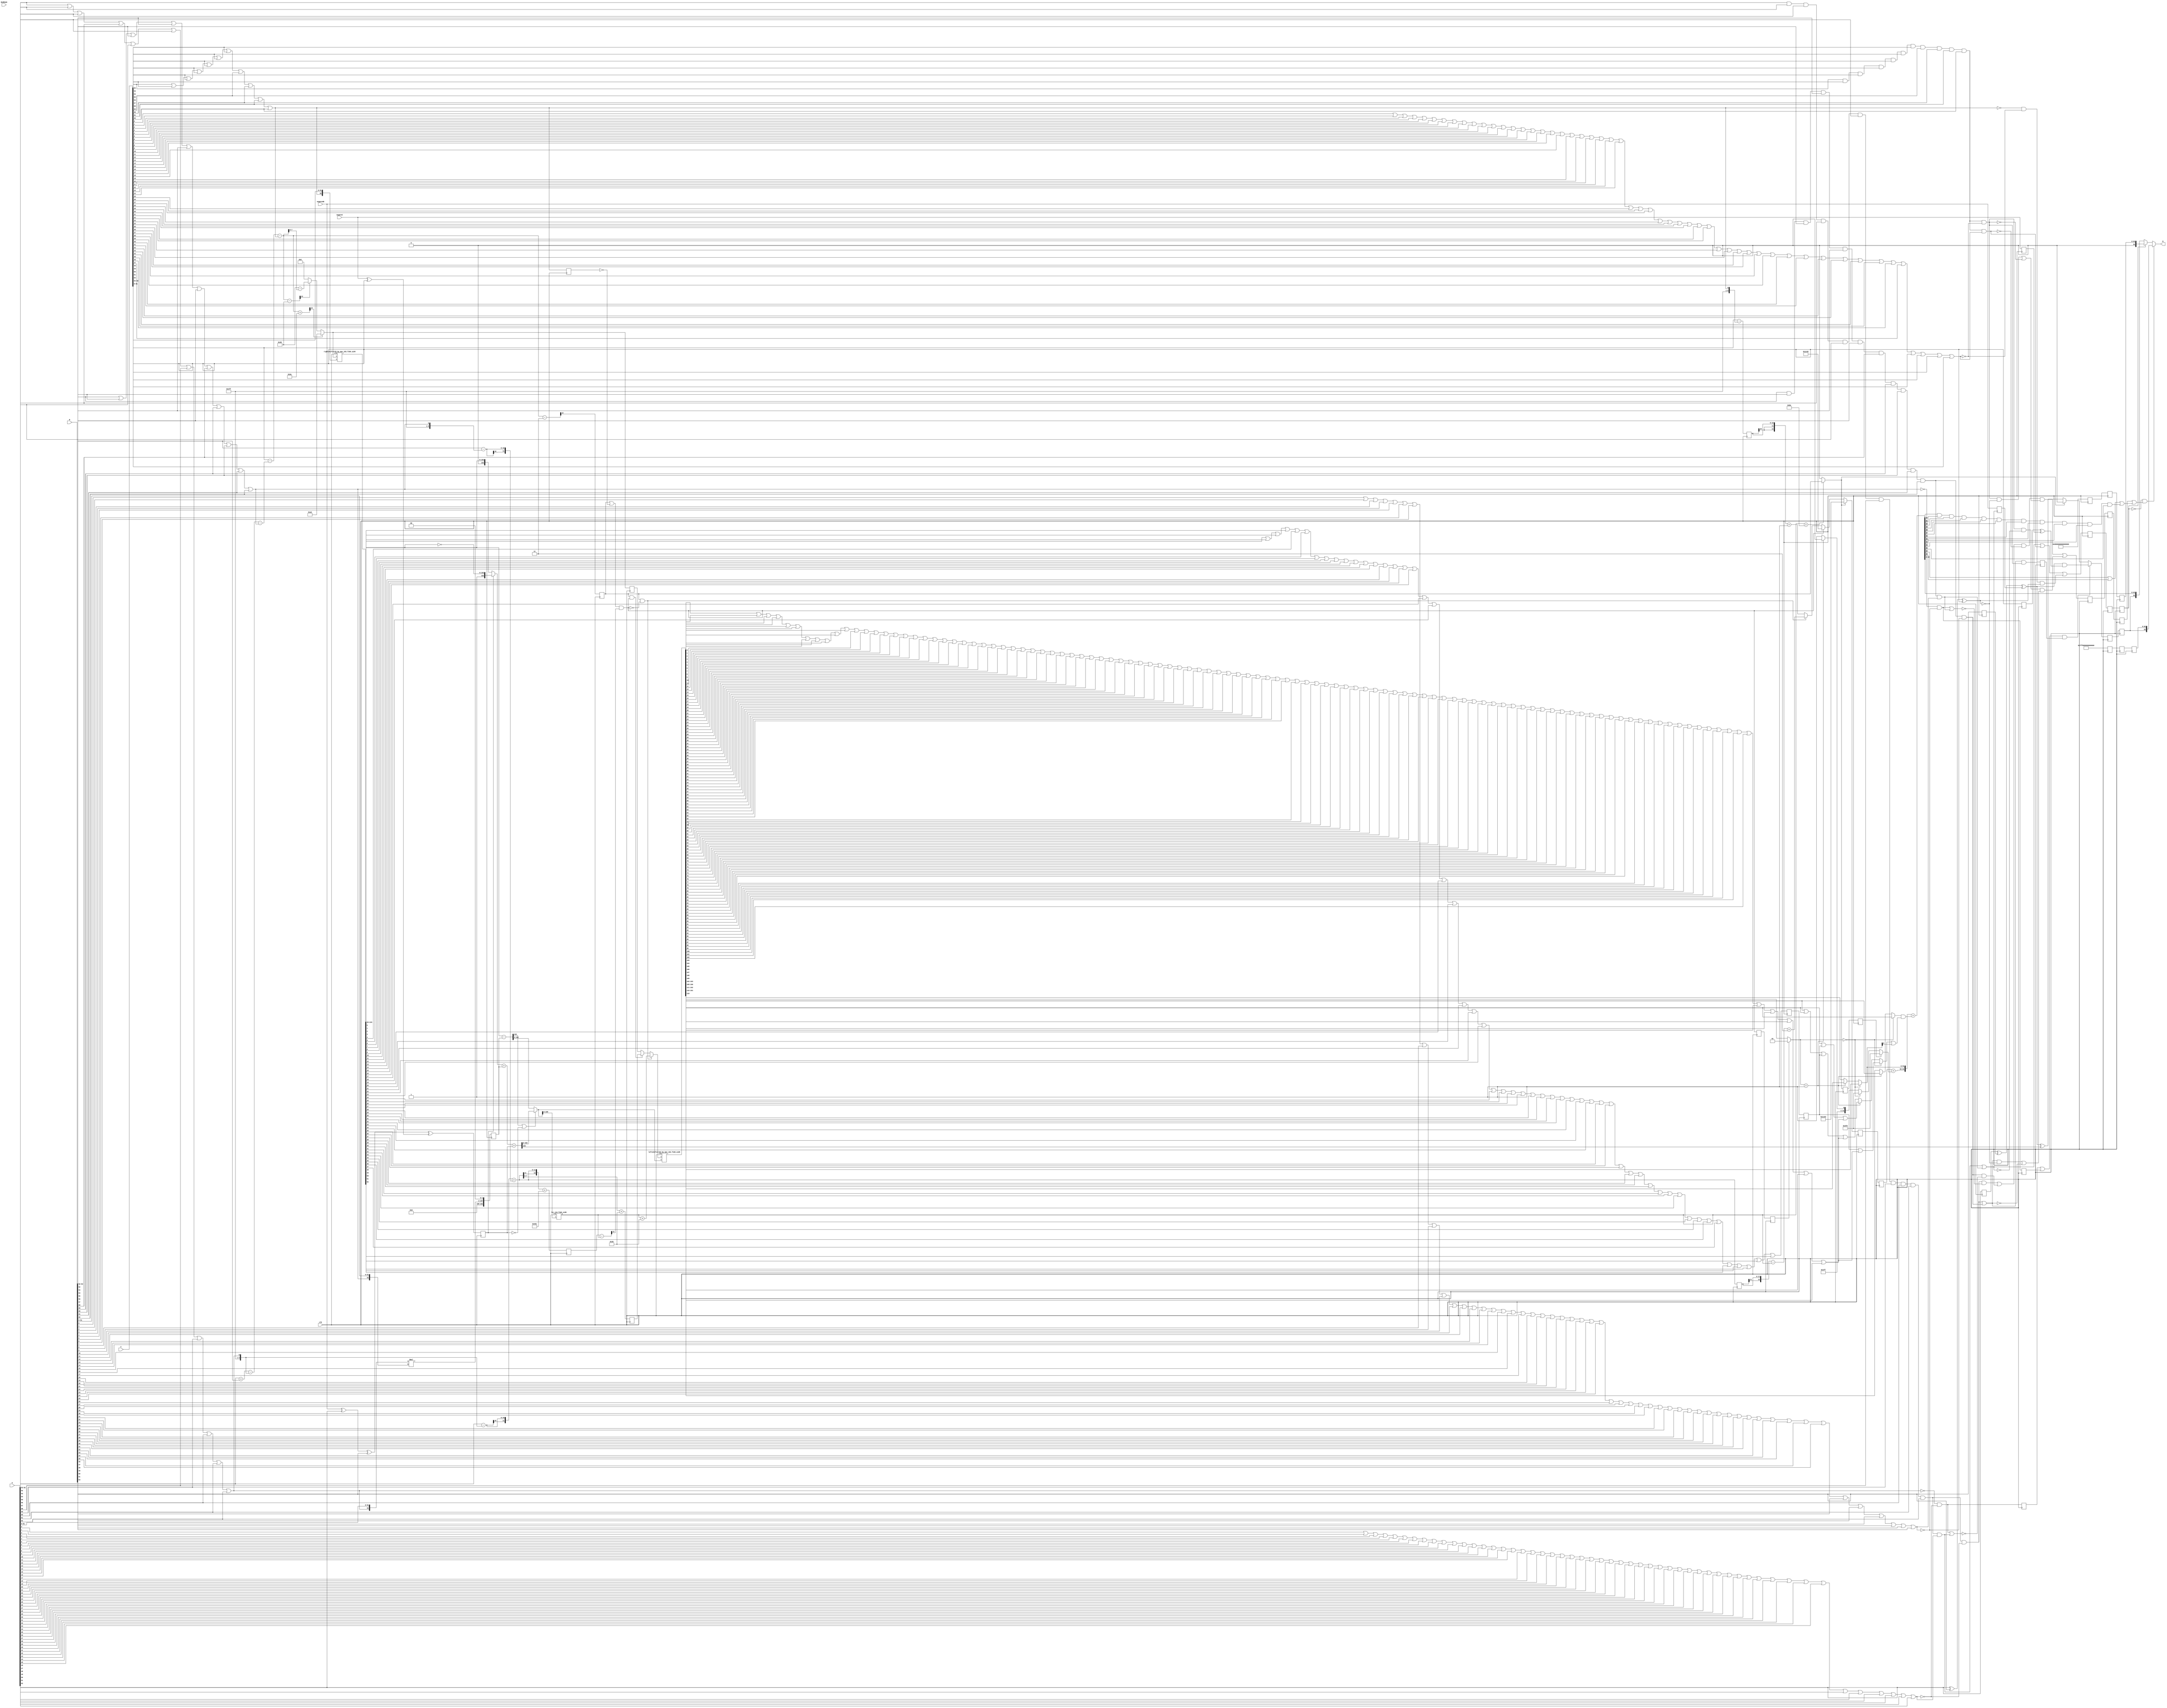
/* Generated by Yosys 0.13+37 (git sha1 675a7bd22, clang 11.0.1-2 -fPIC -Os) */

module IEEEFMA_D(clk, A, B, C, negateAB, negateC, RndMode, R);
  reg _000_;
  reg _001_;
  wire _002_;
  wire _003_;
  wire _004_;
  wire _005_;
  wire _006_;
  wire _007_;
  wire _008_;
  wire _009_;
  wire _010_;
  wire _011_;
  reg _012_;
  wire _013_;
  wire _014_;
  wire _015_;
  wire _016_;
  wire _017_;
  wire _018_;
  wire _019_;
  wire _020_;
  wire _021_;
  wire _022_;
  reg _023_;
  wire _024_;
  wire _025_;
  wire _026_;
  wire _027_;
  wire _028_;
  wire _029_;
  wire _030_;
  wire _031_;
  wire _032_;
  wire _033_;
  reg _034_;
  wire _035_;
  wire _036_;
  wire _037_;
  wire _038_;
  wire _039_;
  wire _040_;
  wire _041_;
  wire _042_;
  wire _043_;
  wire _044_;
  reg _045_;
  wire _046_;
  wire _047_;
  wire _048_;
  wire _049_;
  wire _050_;
  wire _051_;
  wire _052_;
  wire _053_;
  wire _054_;
  wire _055_;
  reg [10:0] _056_;
  wire _057_;
  wire _058_;
  wire _059_;
  wire _060_;
  wire _061_;
  wire _062_;
  wire _063_;
  wire _064_;
  wire _065_;
  wire _066_;
  reg _067_;
  wire _068_;
  wire _069_;
  wire _070_;
  wire _071_;
  wire _072_;
  wire _073_;
  wire _074_;
  wire _075_;
  wire _076_;
  wire _077_;
  reg _078_;
  wire _079_;
  wire _080_;
  wire _081_;
  wire _082_;
  wire _083_;
  wire _084_;
  wire _085_;
  wire _086_;
  wire _087_;
  wire _088_;
  reg [7:0] _089_;
  wire _090_;
  wire _091_;
  wire _092_;
  wire _093_;
  wire _094_;
  wire _095_;
  wire _096_;
  wire _097_;
  wire _098_;
  wire _099_;
  reg _100_;
  wire _101_;
  wire _102_;
  wire _103_;
  wire _104_;
  wire [10:0] _105_;
  wire [10:0] _106_;
  wire [11:0] _107_;
  wire _108_;
  wire _109_;
  wire _110_;
  reg _111_;
  reg _112_;
  wire _113_;
  wire _114_;
  wire _115_;
  wire _116_;
  wire _117_;
  wire _118_;
  wire _119_;
  wire _120_;
  wire _121_;
  wire _122_;
  reg [162:0] _123_;
  wire _124_;
  wire _125_;
  wire _126_;
  wire _127_;
  wire _128_;
  wire _129_;
  wire _130_;
  wire _131_;
  wire _132_;
  wire _133_;
  reg [12:0] _134_;
  wire _135_;
  wire _136_;
  wire _137_;
  wire _138_;
  wire _139_;
  wire _140_;
  wire _141_;
  wire _142_;
  wire _143_;
  wire _144_;
  reg _145_;
  wire _146_;
  wire _147_;
  wire _148_;
  wire _149_;
  wire _150_;
  wire _151_;
  wire _152_;
  wire _153_;
  wire _154_;
  wire _155_;
  reg _156_;
  wire _157_;
  wire _158_;
  wire _159_;
  wire _160_;
  wire _161_;
  wire _162_;
  wire _163_;
  wire _164_;
  wire _165_;
  wire _166_;
  reg _167_;
  wire _168_;
  wire _169_;
  wire _170_;
  wire _171_;
  wire _172_;
  wire _173_;
  wire _174_;
  wire _175_;
  wire _176_;
  wire _177_;
  reg _178_;
  wire _179_;
  wire _180_;
  wire _181_;
  wire _182_;
  wire _183_;
  wire _184_;
  wire _185_;
  wire _186_;
  wire _187_;
  wire _188_;
  reg _189_;
  wire _190_;
  wire _191_;
  wire _192_;
  wire _193_;
  wire _194_;
  wire _195_;
  wire _196_;
  wire _197_;
  wire _198_;
  wire _199_;
  reg _200_;
  wire _201_;
  wire _202_;
  wire _203_;
  wire _204_;
  wire _205_;
  wire _206_;
  wire _207_;
  wire _208_;
  wire _209_;
  wire _210_;
  reg [11:0] _211_;
  wire _212_;
  wire _213_;
  wire _214_;
  wire _215_;
  wire _216_;
  wire _217_;
  wire _218_;
  wire _219_;
  wire _220_;
  wire _221_;
  reg _222_;
  reg [12:0] _223_;
  wire _224_;
  wire _225_;
  wire _226_;
  wire _227_;
  wire _228_;
  wire _229_;
  wire _230_;
  wire _231_;
  wire _232_;
  wire _233_;
  reg [12:0] _234_;
  wire _235_;
  wire [10:0] _236_;
  wire _237_;
  wire _238_;
  wire _239_;
  wire _240_;
  wire [12:0] _241_;
  wire [12:0] _242_;
  wire [12:0] _243_;
  wire [12:0] _244_;
  reg [62:0] _245_;
  wire [12:0] _246_;
  wire [12:0] _247_;
  wire [12:0] _248_;
  wire [12:0] _249_;
  wire [7:0] _250_;
  wire [7:0] _251_;
  wire [7:0] _252_;
  wire [215:0] _253_;
  wire _254_;
  wire _255_;
  reg [62:0] _256_;
  wire _257_;
  wire _258_;
  wire _259_;
  wire _260_;
  wire _261_;
  wire _262_;
  wire _263_;
  wire _264_;
  wire _265_;
  wire _266_;
  reg [62:0] _267_;
  wire _268_;
  wire _269_;
  wire _270_;
  wire _271_;
  wire _272_;
  wire _273_;
  wire _274_;
  wire _275_;
  wire _276_;
  wire _277_;
  reg [62:0] _278_;
  wire _279_;
  wire _280_;
  wire _281_;
  wire _282_;
  wire _283_;
  wire _284_;
  wire _285_;
  wire _286_;
  wire _287_;
  wire _288_;
  reg [62:0] _289_;
  wire _290_;
  wire _291_;
  wire _292_;
  wire _293_;
  wire _294_;
  wire _295_;
  wire _296_;
  wire _297_;
  wire _298_;
  wire _299_;
  reg [62:0] _300_;
  wire _301_;
  wire _302_;
  wire _303_;
  wire _304_;
  wire _305_;
  wire _306_;
  wire _307_;
  wire _308_;
  wire _309_;
  wire _310_;
  reg _311_;
  wire [105:0] _312_;
  wire _313_;
  wire [163:0] _314_;
  wire [162:0] _315_;
  wire [163:0] _316_;
  wire [163:0] _317_;
  wire [163:0] _318_;
  wire _319_;
  wire _320_;
  wire _321_;
  reg _322_;
  wire _323_;
  wire _324_;
  wire [162:0] _325_;
  wire [6:0] _326_;
  wire [12:0] _327_;
  wire [12:0] _328_;
  wire _329_;
  wire _330_;
  wire _331_;
  wire _332_;
  reg _333_;
  wire _334_;
  wire _335_;
  wire _336_;
  wire _337_;
  wire _338_;
  wire _339_;
  wire _340_;
  wire _341_;
  wire _342_;
  wire _343_;
  wire [11:0] _344_;
  wire _345_;
  wire [7:0] _346_;
  wire _347_;
  wire _348_;
  wire [7:0] _349_;
  wire _350_;
  wire [7:0] _351_;
  wire [324:0] _352_;
  wire [12:0] _353_;
  wire [12:0] _354_;
  wire [12:0] _355_;
  wire _356_;
  wire [12:0] _357_;
  wire _358_;
  wire _359_;
  wire [12:0] _360_;
  wire [12:0] _361_;
  wire _362_;
  wire _363_;
  wire _364_;
  wire _365_;
  wire _366_;
  wire _367_;
  wire _368_;
  wire _369_;
  wire _370_;
  wire _371_;
  wire _372_;
  wire _373_;
  wire _374_;
  wire _375_;
  wire _376_;
  wire _377_;
  wire _378_;
  wire _379_;
  wire _380_;
  wire _381_;
  wire _382_;
  wire _383_;
  wire _384_;
  wire _385_;
  wire _386_;
  wire _387_;
  wire _388_;
  wire _389_;
  wire _390_;
  wire _391_;
  wire _392_;
  wire _393_;
  wire _394_;
  wire _395_;
  wire _396_;
  wire _397_;
  wire _398_;
  wire _399_;
  wire _400_;
  wire _401_;
  wire _402_;
  wire _403_;
  wire _404_;
  wire _405_;
  wire _406_;
  wire _407_;
  wire _408_;
  wire _409_;
  wire _410_;
  wire _411_;
  wire _412_;
  wire _413_;
  wire _414_;
  wire _415_;
  wire _416_;
  wire _417_;
  wire _418_;
  wire _419_;
  wire _420_;
  wire _421_;
  wire _422_;
  wire _423_;
  wire _424_;
  wire _425_;
  wire _426_;
  wire _427_;
  wire _428_;
  wire _429_;
  wire _430_;
  wire _431_;
  wire _432_;
  wire _433_;
  wire _434_;
  wire _435_;
  wire _436_;
  wire _437_;
  wire _438_;
  wire _439_;
  wire _440_;
  wire _441_;
  wire _442_;
  wire _443_;
  reg [11:0] _444_;
  wire _445_;
  wire _446_;
  wire _447_;
  wire _448_;
  wire _449_;
  wire _450_;
  wire _451_;
  wire _452_;
  wire _453_;
  wire _454_;
  wire _455_;
  wire _456_;
  wire _457_;
  wire _458_;
  wire _459_;
  wire _460_;
  wire _461_;
  wire _462_;
  wire _463_;
  wire _464_;
  wire _465_;
  wire _466_;
  wire _467_;
  wire _468_;
  wire _469_;
  wire _470_;
  wire _471_;
  wire _472_;
  wire _473_;
  wire _474_;
  wire _475_;
  wire _476_;
  wire _477_;
  wire _478_;
  wire _479_;
  wire _480_;
  wire [1:0] _481_;
  wire _482_;
  wire [51:0] _483_;
  wire _484_;
  wire [51:0] _485_;
  wire _486_;
  wire _487_;
  wire _488_;
  wire _489_;
  wire _490_;
  wire _491_;
  wire _492_;
  wire _493_;
  wire _494_;
  wire _495_;
  wire _496_;
  wire _497_;
  wire _498_;
  wire _499_;
  wire _500_;
  wire _501_;
  wire _502_;
  wire _503_;
  wire [12:0] _504_;
  wire _505_;
  wire [12:0] _506_;
  wire _507_;
  wire [12:0] _508_;
  wire [12:0] _509_;
  wire [64:0] _510_;
  wire _511_;
  wire _512_;
  wire _513_;
  wire _514_;
  wire _515_;
  wire _516_;
  wire _517_;
  wire _518_;
  wire _519_;
  wire _520_;
  wire _521_;
  wire _522_;
  wire _523_;
  wire _524_;
  wire _525_;
  wire _526_;
  wire _527_;
  wire [63:0] _528_;
  wire [63:0] _529_;
  wire _530_;
  wire _531_;
  reg _532_;
  wire _533_;
  wire _534_;
  wire _535_;
  wire _536_;
  wire _537_;
  wire _538_;
  wire _539_;
  wire _540_;
  wire _541_;
  wire _542_;
  reg _543_;
  wire _544_;
  wire _545_;
  wire _546_;
  wire _547_;
  wire _548_;
  wire _549_;
  wire _550_;
  wire _551_;
  wire _552_;
  wire _553_;
  reg _554_;
  wire _555_;
  wire _556_;
  wire _557_;
  wire _558_;
  wire _559_;
  wire _560_;
  wire _561_;
  wire _562_;
  wire _563_;
  wire _564_;
  reg _565_;
  wire _566_;
  wire _567_;
  wire _568_;
  wire _569_;
  wire _570_;
  wire _571_;
  wire _572_;
  wire _573_;
  wire _574_;
  wire _575_;
  input [63:0] A;
  wire [63:0] A;
  input [63:0] B;
  wire [63:0] B;
  input [63:0] C;
  wire [63:0] C;
  output [63:0] R;
  wire [63:0] R;
  input [1:0] RndMode;
  wire [1:0] RndMode;
  wire [10:0] aexp;
  wire [10:0] aexpfield;
  wire [11:0] aexpplusbexp;
  wire [11:0] aexpplusbexp_d1;
  wire ahasnonnullsig;
  wire aisinf;
  wire aisinfornan;
  wire aisnan;
  wire aisnormal;
  wire aiszero;
  wire aiszero_d1;
  wire asgn;
  wire asgn_d1;
  wire [52:0] asig;
  wire [51:0] asigfield;
  wire [10:0] bexp;
  wire [10:0] bexpfield;
  wire bhasnonnullsig;
  wire [163:0] bigsum;
  wire [163:0] bigsum2;
  wire [162:0] bigsumabs;
  wire [109:0] bigsumabslowerbits;
  wire [324:0] bigsumnormd;
  wire bisinf;
  wire bisinfornan;
  wire bisnan;
  wire bisnormal;
  wire biszero;
  wire biszero_d1;
  wire bsgn;
  wire bsgn_d1;
  wire [52:0] bsig;
  wire [51:0] bsigfield;
  wire [10:0] cexp;
  wire [10:0] cexp_d1;
  wire [10:0] cexpfield;
  wire chasnonnullsig;
  wire cisinf;
  wire cisinfornan;
  wire cisnan;
  wire cisnormal;
  wire cisnormal_d1;
  wire ciszero;
  wire ciszero_d1;
  input clk;
  wire clk;
  wire csgn;
  wire csgn_d1;
  wire [52:0] csig;
  wire [51:0] csigfield;
  wire [163:0] csiginverted;
  wire [215:0] csigshifted;
  wire [162:0] csigshiftedt;
  wire effectivesub;
  wire effectivesub_d1;
  wire [12:0] expdiff;
  wire expdiffnotlarge;
  wire [12:0] expdiffprepare;
  wire expdiffsmall;
  wire expdiffsmall_d1;
  wire expdiffverysmall;
  wire [12:0] exponentresult1;
  wire [12:0] exptentative;
  wire [12:0] exptentative_d1;
  wire [12:0] exptentative_d2;
  wire [12:0] expupdate;
  wire finalrisinf;
  wire [1:0] fracleadingbits;
  wire [1:0] fracleadingbitsnormal;
  wire [51:0] fracresultnormd;
  wire fracresultroundbit;
  wire fracresultstickybit;
  wire [55:0] fractentative;
  wire [6:0] \ieeefma_11_52_f100_uid2leadingzerocounter:862 ;
  wire [62:0] inf;
  wire [62:0] inf_d1;
  wire [62:0] inf_d2;
  wire [62:0] inf_d3;
  wire [6:0] l;
  wire [62:0] nan;
  wire [62:0] nan_d1;
  wire [62:0] nan_d2;
  wire [62:0] nan_d3;
  input negateAB;
  wire negateAB;
  input negateC;
  wire negateC;
  wire negateab_d1;
  wire negatec_d1;
  wire [324:0] \normalizationshifter:926 ;
  wire [7:0] normshiftvalue;
  wire [105:0] p;
  wire [162:0] paligned;
  wire [162:0] paligned_d1;
  wire [64:0] resultbeforeround;
  wire [64:0] resultrounded;
  wire [215:0] \rightshiftercomponent:699 ;
  wire risnan;
  wire risnan_d1;
  wire risnan_d2;
  wire risnan_d3;
  wire rissubnormal;
  wire rissubnormal_d1;
  wire rissubnormal_d2;
  wire riszero;
  wire riszero_d1;
  wire riszero_d2;
  wire round;
  wire roverflowed;
  wire rsgn;
  wire rsgn_d1;
  wire rsgn_d2;
  wire rsgntentative;
  wire [7:0] shiftvalue;
  wire [7:0] shiftvalue_d1;
  wire [11:0] shiftvaluecasesubnormal;
  wire [11:0] shiftvaluecasesubnormal_d1;
  wire sticky1;
  wire sticky1_d1;
  wire sticky1_d2;
  wire sticky2;
  wire tentativerisinf;
  wire tentativerisinf_d1;
  wire tentativerisinf_d2;
  wire tentativerisinf_d3;
  wire [12:0] tmpexpcomp1;
  wire [12:0] tmpexpcomp2;
  wire [12:0] tmpexpcomp3;
  wire [12:0] tmpexpcompres1;
  wire [12:0] tmpexpcompres1_d1;
  wire [12:0] tmpexpcompres2;
  assign _400_ = _389_ | A[59];
  assign _381_ = _380_ | bigsumnormd[18];
  assign _382_ = _381_ | bigsumnormd[19];
  assign _383_ = _382_ | bigsumnormd[20];
  assign _384_ = _383_ | bigsumnormd[21];
  assign _385_ = _384_ | bigsumnormd[22];
  assign _386_ = _385_ | bigsumnormd[23];
  assign _387_ = _386_ | bigsumnormd[24];
  assign _388_ = _387_ | bigsumnormd[25];
  assign _390_ = _388_ | bigsumnormd[26];
  assign _391_ = _390_ | bigsumnormd[27];
  assign _411_ = _400_ | A[60];
  assign _392_ = _391_ | bigsumnormd[28];
  assign _393_ = _392_ | bigsumnormd[29];
  assign _394_ = _393_ | bigsumnormd[30];
  assign _395_ = _394_ | bigsumnormd[31];
  assign _396_ = _395_ | bigsumnormd[32];
  assign _397_ = _396_ | bigsumnormd[33];
  assign _398_ = _397_ | bigsumnormd[34];
  assign _399_ = _398_ | bigsumnormd[35];
  assign _401_ = _399_ | bigsumnormd[36];
  assign _402_ = _401_ | bigsumnormd[37];
  assign _422_ = _411_ | A[61];
  assign _403_ = _402_ | bigsumnormd[38];
  assign _404_ = _403_ | bigsumnormd[39];
  assign _405_ = _404_ | bigsumnormd[40];
  assign _406_ = _405_ | bigsumnormd[41];
  assign _407_ = _406_ | bigsumnormd[42];
  assign _408_ = _407_ | bigsumnormd[43];
  assign _409_ = _408_ | bigsumnormd[44];
  assign _410_ = _409_ | bigsumnormd[45];
  assign _412_ = _410_ | bigsumnormd[46];
  assign _413_ = _412_ | bigsumnormd[47];
  assign _433_ = _422_ | A[62];
  assign _414_ = _413_ | bigsumnormd[48];
  assign _415_ = _414_ | bigsumnormd[49];
  assign _416_ = _415_ | bigsumnormd[50];
  assign _417_ = _416_ | bigsumnormd[51];
  assign _418_ = _417_ | bigsumnormd[52];
  assign _419_ = _418_ | bigsumnormd[53];
  assign _420_ = _419_ | bigsumnormd[54];
  assign _421_ = _420_ | bigsumnormd[55];
  assign _423_ = _421_ | bigsumnormd[56];
  assign _424_ = _423_ | bigsumnormd[57];
  assign _425_ = _424_ | bigsumnormd[58];
  assign _426_ = _425_ | bigsumnormd[59];
  assign _427_ = _426_ | bigsumnormd[60];
  assign _428_ = _427_ | bigsumnormd[61];
  assign _429_ = _428_ | bigsumnormd[62];
  assign _445_ = A[52] & A[53];
  assign _430_ = _429_ | bigsumnormd[63];
  assign _431_ = _430_ | bigsumnormd[64];
  assign _432_ = _431_ | bigsumnormd[65];
  assign _434_ = _432_ | bigsumnormd[66];
  assign _435_ = _434_ | bigsumnormd[67];
  assign _436_ = _435_ | bigsumnormd[68];
  assign _437_ = _436_ | bigsumnormd[69];
  assign _438_ = _437_ | bigsumnormd[70];
  assign _439_ = _438_ | bigsumnormd[71];
  assign _440_ = _439_ | bigsumnormd[72];
  assign _456_ = _445_ & A[54];
  assign _441_ = _440_ | bigsumnormd[73];
  assign _442_ = _441_ | bigsumnormd[74];
  assign _443_ = _442_ | bigsumnormd[75];
  assign _446_ = _443_ | bigsumnormd[76];
  assign _447_ = _446_ | bigsumnormd[77];
  assign _448_ = _447_ | bigsumnormd[78];
  assign _449_ = _448_ | bigsumnormd[79];
  assign _450_ = _449_ | bigsumnormd[80];
  assign _451_ = _450_ | bigsumnormd[81];
  assign _452_ = _451_ | bigsumnormd[82];
  assign _467_ = _456_ & A[55];
  assign _453_ = _452_ | bigsumnormd[83];
  assign _454_ = _453_ | bigsumnormd[84];
  assign _455_ = _454_ | bigsumnormd[85];
  assign _457_ = _455_ | bigsumnormd[86];
  assign _458_ = _457_ | bigsumnormd[87];
  assign _459_ = _458_ | bigsumnormd[88];
  assign _460_ = _459_ | bigsumnormd[89];
  assign _461_ = _460_ | bigsumnormd[90];
  assign _462_ = _461_ | bigsumnormd[91];
  assign _463_ = _462_ | bigsumnormd[92];
  assign _478_ = _467_ & A[56];
  assign _464_ = _463_ | bigsumnormd[93];
  assign _465_ = _464_ | bigsumnormd[94];
  assign _466_ = _465_ | bigsumnormd[95];
  assign _468_ = _466_ | bigsumnormd[96];
  assign _469_ = _468_ | bigsumnormd[97];
  assign _470_ = _469_ | bigsumnormd[98];
  assign _471_ = _470_ | bigsumnormd[99];
  assign _472_ = _471_ | bigsumnormd[100];
  assign _473_ = _472_ | bigsumnormd[101];
  assign _474_ = _473_ | bigsumnormd[102];
  assign _489_ = _478_ & A[57];
  assign _475_ = _474_ | bigsumnormd[103];
  assign _476_ = _475_ | bigsumnormd[104];
  assign _477_ = _476_ | bigsumnormd[105];
  assign _479_ = _477_ | bigsumnormd[106];
  assign _480_ = _479_ | bigsumnormd[107];
  assign _481_ = rissubnormal_d2 ? 2'h1 : fracleadingbitsnormal;
  assign _500_ = _489_ & A[58];
  assign _482_ = fracleadingbits == 2'h0;
  assign _483_ = _482_ ? fractentative[52:1] : _485_;
  assign _484_ = fracleadingbits == 2'h1;
  assign _485_ = _484_ ? fractentative[53:2] : fractentative[54:3];
  assign _486_ = fracleadingbits == 2'h0;
  assign _511_ = _500_ & A[59];
  assign _487_ = _486_ ? fractentative[0] : _490_;
  assign _488_ = fracleadingbits == 2'h1;
  assign _490_ = _488_ ? fractentative[1] : fractentative[2];
  assign _491_ = sticky1_d2 | sticky2;
  assign _492_ = fracleadingbits == 2'h0;
  assign _493_ = _492_ ? _491_ : _497_;
  assign _522_ = _511_ & A[60];
  assign _494_ = fractentative[0] | sticky1_d2;
  assign _495_ = _494_ | sticky2;
  assign _496_ = fracleadingbits == 2'h1;
  assign _497_ = _496_ ? _495_ : _501_;
  assign _498_ = fractentative[1] | fractentative[0];
  assign _499_ = _498_ | sticky1_d2;
  assign _501_ = _499_ | sticky2;
  assign _502_ = fracresultstickybit | fracresultnormd[0];
  assign _503_ = fracresultroundbit & _502_;
  assign _530_ = _522_ & A[61];
  assign _504_ = riszero_d2 ? 13'h03fd : _506_;
  assign _505_ = fracleadingbits == 2'h0;
  assign _506_ = _505_ ? 13'h03fd : _508_;
  assign _507_ = fracleadingbits == 2'h1;
  assign _508_ = _507_ ? 13'h03fe : 13'h03ff;
  assign _531_ = _530_ & A[62];
  assign _509_ = exptentative_d2 + expupdate;
  assign _510_ = resultbeforeround + { 64'h0000000000000000, round };
  assign _512_ = resultrounded[64] | resultrounded[63];
  assign _513_ = resultrounded[62] & resultrounded[61];
  assign _514_ = _513_ & resultrounded[60];
  assign _515_ = _514_ & resultrounded[59];
  assign _516_ = _515_ & resultrounded[58];
  assign _517_ = _516_ & resultrounded[57];
  assign _533_ = A[0] | A[1];
  assign _518_ = _517_ & resultrounded[56];
  assign _519_ = _518_ & resultrounded[55];
  assign _520_ = _519_ & resultrounded[54];
  assign _521_ = _520_ & resultrounded[53];
  assign _523_ = _521_ & resultrounded[52];
  assign _524_ = _512_ | _523_;
  assign _525_ = tentativerisinf_d3 | roverflowed;
  assign _526_ = ~ risnan_d3;
  assign _527_ = _526_ & finalrisinf;
  assign _528_ = _527_ ? { rsgn_d2, inf_d3 } : _529_;
  assign _529_ = risnan_d3 ? { 1'h0, nan_d3 } : { rsgn_d2, resultrounded[62:0] };
  assign _534_ = _533_ | A[2];
  assign _535_ = _534_ | A[3];
  assign _536_ = _535_ | A[4];
  assign _537_ = _536_ | A[5];
  assign _538_ = _537_ | A[6];
  assign _539_ = _538_ | A[7];
  assign _540_ = _539_ | A[8];
  assign _541_ = _540_ | A[9];
  assign _542_ = _541_ | A[10];
  assign _544_ = _542_ | A[11];
  assign _545_ = _544_ | A[12];
  assign _546_ = _545_ | A[13];
  assign _547_ = _546_ | A[14];
  assign _548_ = _547_ | A[15];
  assign _549_ = _548_ | A[16];
  assign _550_ = _549_ | A[17];
  assign _551_ = _550_ | A[18];
  assign _552_ = _551_ | A[19];
  assign _553_ = _552_ | A[20];
  assign _555_ = _553_ | A[21];
  assign _556_ = _555_ | A[22];
  assign _557_ = _556_ | A[23];
  assign _558_ = _557_ | A[24];
  assign _559_ = _558_ | A[25];
  assign _560_ = _559_ | A[26];
  assign _561_ = _560_ | A[27];
  assign _562_ = _561_ | A[28];
  assign _563_ = _562_ | A[29];
  assign _564_ = _563_ | A[30];
  assign _566_ = _564_ | A[31];
  assign _567_ = _566_ | A[32];
  assign _568_ = _567_ | A[33];
  assign _569_ = _568_ | A[34];
  assign _570_ = _569_ | A[35];
  assign _571_ = _570_ | A[36];
  assign _572_ = _571_ | A[37];
  assign _573_ = _572_ | A[38];
  assign _574_ = _573_ | A[39];
  assign _575_ = _574_ | A[40];
  assign _002_ = _575_ | A[41];
  assign _003_ = _002_ | A[42];
  assign _004_ = _003_ | A[43];
  assign _005_ = _004_ | A[44];
  assign _006_ = _005_ | A[45];
  assign _007_ = _006_ | A[46];
  assign _008_ = _007_ | A[47];
  assign _009_ = _008_ | A[48];
  assign _010_ = _009_ | A[49];
  assign _011_ = _010_ | A[50];
  assign _013_ = _011_ | A[51];
  assign _014_ = ~ aisnormal;
  assign _015_ = ~ ahasnonnullsig;
  assign _016_ = _014_ & _015_;
  assign _017_ = ~ ahasnonnullsig;
  assign _018_ = aisinfornan & _017_;
  assign _019_ = aisinfornan & ahasnonnullsig;
  assign _020_ = B[52] | B[53];
  assign _021_ = _020_ | B[54];
  assign _022_ = _021_ | B[55];
  assign _024_ = _022_ | B[56];
  assign _025_ = _024_ | B[57];
  assign _026_ = _025_ | B[58];
  assign _027_ = _026_ | B[59];
  assign _028_ = _027_ | B[60];
  assign _029_ = _028_ | B[61];
  assign _030_ = _029_ | B[62];
  assign _031_ = B[52] & B[53];
  assign _032_ = _031_ & B[54];
  assign _033_ = _032_ & B[55];
  assign _035_ = _033_ & B[56];
  assign _036_ = _035_ & B[57];
  assign _037_ = _036_ & B[58];
  assign _038_ = _037_ & B[59];
  assign _039_ = _038_ & B[60];
  assign _040_ = _039_ & B[61];
  assign _041_ = _040_ & B[62];
  assign _042_ = B[0] | B[1];
  assign _043_ = _042_ | B[2];
  assign _044_ = _043_ | B[3];
  assign _046_ = _044_ | B[4];
  assign _047_ = _046_ | B[5];
  assign _048_ = _047_ | B[6];
  assign _049_ = _048_ | B[7];
  assign _050_ = _049_ | B[8];
  assign _051_ = _050_ | B[9];
  assign _052_ = _051_ | B[10];
  assign _053_ = _052_ | B[11];
  assign _054_ = _053_ | B[12];
  assign _055_ = _054_ | B[13];
  assign _057_ = _055_ | B[14];
  assign _058_ = _057_ | B[15];
  assign _059_ = _058_ | B[16];
  assign _060_ = _059_ | B[17];
  assign _061_ = _060_ | B[18];
  assign _062_ = _061_ | B[19];
  assign _063_ = _062_ | B[20];
  assign _064_ = _063_ | B[21];
  assign _065_ = _064_ | B[22];
  assign _066_ = _065_ | B[23];
  assign _068_ = _066_ | B[24];
  assign _069_ = _068_ | B[25];
  assign _070_ = _069_ | B[26];
  assign _071_ = _070_ | B[27];
  assign _072_ = _071_ | B[28];
  assign _073_ = _072_ | B[29];
  assign _074_ = _073_ | B[30];
  assign _075_ = _074_ | B[31];
  assign _076_ = _075_ | B[32];
  assign _077_ = _076_ | B[33];
  assign _079_ = _077_ | B[34];
  assign _080_ = _079_ | B[35];
  assign _081_ = _080_ | B[36];
  assign _082_ = _081_ | B[37];
  assign _083_ = _082_ | B[38];
  assign _084_ = _083_ | B[39];
  assign _085_ = _084_ | B[40];
  assign _086_ = _085_ | B[41];
  assign _087_ = _086_ | B[42];
  assign _088_ = _087_ | B[43];
  assign _090_ = _088_ | B[44];
  assign _091_ = _090_ | B[45];
  assign _092_ = _091_ | B[46];
  assign _093_ = _092_ | B[47];
  assign _094_ = _093_ | B[48];
  assign _095_ = _094_ | B[49];
  assign _096_ = _095_ | B[50];
  assign _097_ = _096_ | B[51];
  assign _098_ = ~ bisnormal;
  assign _099_ = ~ bhasnonnullsig;
  assign _101_ = _098_ & _099_;
  assign _102_ = ~ bhasnonnullsig;
  assign _103_ = bisinfornan & _102_;
  assign _104_ = bisinfornan & bhasnonnullsig;
  assign _105_ = aexpfield - { 10'h1ff, aisnormal };
  assign _106_ = bexpfield - { 10'h1ff, bisnormal };
  assign _107_ = { aexp[10], aexp } + { bexp[10], bexp };
  assign _108_ = C[52] | C[53];
  assign _109_ = _108_ | C[54];
  assign _110_ = _109_ | C[55];
  assign _113_ = _110_ | C[56];
  assign _114_ = _113_ | C[57];
  assign _115_ = _114_ | C[58];
  assign _116_ = _115_ | C[59];
  assign _117_ = _116_ | C[60];
  always @(posedge clk)
    _000_ <= asgn;
  assign _118_ = _117_ | C[61];
  assign _119_ = _118_ | C[62];
  assign _120_ = C[52] & C[53];
  assign _121_ = _120_ & C[54];
  assign _122_ = _121_ & C[55];
  always @(posedge clk)
    _111_ <= aiszero;
  assign _124_ = _122_ & C[56];
  assign _125_ = _124_ & C[57];
  assign _126_ = _125_ & C[58];
  assign _127_ = _126_ & C[59];
  assign _128_ = _127_ & C[60];
  always @(posedge clk)
    _222_ <= bsgn;
  assign _129_ = _128_ & C[61];
  assign _130_ = _129_ & C[62];
  assign _131_ = C[0] | C[1];
  assign _132_ = _131_ | C[2];
  always @(posedge clk)
    _333_ <= biszero;
  assign _133_ = _132_ | C[3];
  assign _135_ = _133_ | C[4];
  assign _136_ = _135_ | C[5];
  assign _137_ = _136_ | C[6];
  assign _138_ = _137_ | C[7];
  always @(posedge clk)
    _444_ <= aexpplusbexp;
  assign _139_ = _138_ | C[8];
  assign _140_ = _139_ | C[9];
  assign _141_ = _140_ | C[10];
  assign _142_ = _141_ | C[11];
  assign _143_ = _142_ | C[12];
  always @(posedge clk)
    _532_ <= csgn;
  assign _144_ = _143_ | C[13];
  assign _146_ = _144_ | C[14];
  assign _147_ = _146_ | C[15];
  assign _148_ = _147_ | C[16];
  assign _149_ = _148_ | C[17];
  always @(posedge clk)
    _543_ <= cisnormal;
  assign _150_ = _149_ | C[18];
  assign _151_ = _150_ | C[19];
  assign _152_ = _151_ | C[20];
  assign _153_ = _152_ | C[21];
  assign _154_ = _153_ | C[22];
  always @(posedge clk)
    _554_ <= ciszero;
  assign _155_ = _154_ | C[23];
  assign _157_ = _155_ | C[24];
  assign _158_ = _157_ | C[25];
  assign _159_ = _158_ | C[26];
  assign _160_ = _159_ | C[27];
  always @(posedge clk)
    _565_ <= risnan;
  assign _161_ = _160_ | C[28];
  assign _162_ = _161_ | C[29];
  assign _163_ = _162_ | C[30];
  assign _164_ = _163_ | C[31];
  assign _165_ = _164_ | C[32];
  always @(posedge clk)
    _001_ <= risnan_d1;
  assign _166_ = _165_ | C[33];
  assign _168_ = _166_ | C[34];
  assign _169_ = _168_ | C[35];
  assign _170_ = _169_ | C[36];
  assign _171_ = _170_ | C[37];
  always @(posedge clk)
    _012_ <= risnan_d2;
  assign _172_ = _171_ | C[38];
  assign _173_ = _172_ | C[39];
  assign _174_ = _173_ | C[40];
  assign _175_ = _174_ | C[41];
  assign _176_ = _175_ | C[42];
  always @(posedge clk)
    _023_ <= tentativerisinf;
  assign _177_ = _176_ | C[43];
  assign _179_ = _177_ | C[44];
  assign _180_ = _179_ | C[45];
  assign _181_ = _180_ | C[46];
  assign _182_ = _181_ | C[47];
  always @(posedge clk)
    _034_ <= tentativerisinf_d1;
  assign _183_ = _182_ | C[48];
  assign _184_ = _183_ | C[49];
  assign _185_ = _184_ | C[50];
  assign _186_ = _185_ | C[51];
  assign _187_ = ~ cisnormal;
  assign _188_ = ~ chasnonnullsig;
  assign _190_ = _187_ & _188_;
  always @(posedge clk)
    _045_ <= tentativerisinf_d2;
  assign _191_ = ~ chasnonnullsig;
  assign _192_ = cisinfornan & _191_;
  assign _193_ = cisinfornan & chasnonnullsig;
  assign _194_ = aisnan | bisnan;
  assign _195_ = _194_ | cisnan;
  assign _196_ = aisinf | bisinf;
  assign _197_ = _196_ & cisinf;
  assign _198_ = asgn ^ bsgn;
  assign _199_ = _198_ ^ csgn;
  assign _201_ = _197_ & _199_;
  always @(posedge clk)
    _056_ <= cexp;
  assign _202_ = _195_ | _201_;
  assign _203_ = biszero | bisnan;
  assign _204_ = ~ _203_;
  assign _205_ = aisinf & _204_;
  assign _206_ = aiszero | aisnan;
  assign _207_ = ~ _206_;
  assign _208_ = bisinf & _207_;
  assign _209_ = _205_ | _208_;
  assign _210_ = ~ cisnan;
  assign _212_ = _209_ & _210_;
  always @(posedge clk)
    _067_ <= effectivesub;
  assign _213_ = asgn ^ bsgn;
  assign _214_ = _213_ ^ csgn;
  assign _215_ = ~ _214_;
  assign _216_ = cisinf & _215_;
  assign _217_ = ~ cisinf;
  assign _218_ = _216_ | _217_;
  assign _219_ = _212_ & _218_;
  assign _220_ = aisnan | bisnan;
  assign _221_ = ~ _220_;
  assign _224_ = cisinf & _221_;
  always @(posedge clk)
    _078_ <= expdiffsmall;
  assign _225_ = aisinf | bisinf;
  assign _226_ = asgn ^ bsgn;
  assign _227_ = _226_ ^ csgn;
  assign _228_ = ~ _227_;
  assign _229_ = _225_ & _228_;
  assign _230_ = aisinf | bisinf;
  assign _231_ = ~ _230_;
  assign _232_ = _229_ | _231_;
  assign _233_ = _224_ & _232_;
  assign _235_ = _219_ | _233_;
  always @(posedge clk)
    _089_ <= shiftvalue;
  assign _236_ = cexpfield - { 10'h1ff, cisnormal };
  assign _237_ = negateAB ^ asgn;
  assign _238_ = _237_ ^ bsgn;
  always @(posedge clk)
    _100_ <= sticky1;
  assign _239_ = negateC ^ csgn;
  assign _240_ = _238_ ^ _239_;
  always @(posedge clk)
    _112_ <= sticky1_d1;
  assign _241_ = { 2'h0, aexpfield } + { 2'h0, bexpfield };
  always @(posedge clk)
    _123_ <= paligned;
  assign _242_ = _241_ - { 12'h1ff, aisnormal };
  assign _243_ = _242_ - { 12'h000, bisnormal };
  always @(posedge clk)
    _134_ <= tmpexpcompres1;
  assign _244_ = { 2'h0, cexpfield } - expdiffprepare;
  always @(posedge clk)
    _145_ <= rissubnormal;
  assign _246_ = _244_ - { 12'h000, cisnormal };
  assign _247_ = expdiff + 13'h006a;
  always @(posedge clk)
    _156_ <= rissubnormal_d1;
  assign _248_ = expdiff - 13'h0003;
  always @(posedge clk)
    _167_ <= riszero;
  assign _249_ = expdiff - 13'h0038;
  assign _250_ = expdiffverysmall ? 8'ha3 : _252_;
  always @(posedge clk)
    _178_ <= riszero_d1;
  assign _251_ = 8'h38 - expdiff[7:0];
  assign _252_ = expdiffnotlarge ? _251_ : 8'h00;
  always @(posedge clk)
    _189_ <= rsgn;
  assign _254_ = csigshifted[0] | csigshifted[1];
  assign _255_ = _254_ | csigshifted[2];
  assign _257_ = _255_ | csigshifted[3];
  always @(posedge clk)
    _200_ <= rsgn_d1;
  assign _258_ = _257_ | csigshifted[4];
  assign _259_ = _258_ | csigshifted[5];
  assign _260_ = _259_ | csigshifted[6];
  assign _261_ = _260_ | csigshifted[7];
  assign _262_ = _261_ | csigshifted[8];
  always @(posedge clk)
    _211_ <= shiftvaluecasesubnormal;
  assign _263_ = _262_ | csigshifted[9];
  assign _264_ = _263_ | csigshifted[10];
  assign _265_ = _264_ | csigshifted[11];
  assign _266_ = _265_ | csigshifted[12];
  assign _268_ = _266_ | csigshifted[13];
  always @(posedge clk)
    _223_ <= exptentative;
  assign _269_ = _268_ | csigshifted[14];
  assign _270_ = _269_ | csigshifted[15];
  assign _271_ = _270_ | csigshifted[16];
  assign _272_ = _271_ | csigshifted[17];
  assign _273_ = _272_ | csigshifted[18];
  always @(posedge clk)
    _234_ <= exptentative_d1;
  assign _274_ = _273_ | csigshifted[19];
  assign _275_ = _274_ | csigshifted[20];
  assign _276_ = _275_ | csigshifted[21];
  assign _277_ = _276_ | csigshifted[22];
  assign _279_ = _277_ | csigshifted[23];
  always @(posedge clk)
    _245_ <= inf;
  assign _280_ = _279_ | csigshifted[24];
  assign _281_ = _280_ | csigshifted[25];
  assign _282_ = _281_ | csigshifted[26];
  assign _283_ = _282_ | csigshifted[27];
  assign _284_ = _283_ | csigshifted[28];
  always @(posedge clk)
    _256_ <= inf_d1;
  assign _285_ = _284_ | csigshifted[29];
  assign _286_ = _285_ | csigshifted[30];
  assign _287_ = _286_ | csigshifted[31];
  assign _288_ = _287_ | csigshifted[32];
  assign _290_ = _288_ | csigshifted[33];
  always @(posedge clk)
    _267_ <= inf_d2;
  assign _291_ = _290_ | csigshifted[34];
  assign _292_ = _291_ | csigshifted[35];
  assign _293_ = _292_ | csigshifted[36];
  assign _294_ = _293_ | csigshifted[37];
  assign _295_ = _294_ | csigshifted[38];
  always @(posedge clk)
    _278_ <= nan;
  assign _296_ = _295_ | csigshifted[39];
  assign _297_ = _296_ | csigshifted[40];
  assign _298_ = _297_ | csigshifted[41];
  assign _299_ = _298_ | csigshifted[42];
  assign _301_ = _299_ | csigshifted[43];
  always @(posedge clk)
    _289_ <= nan_d1;
  assign _302_ = _301_ | csigshifted[44];
  assign _303_ = _302_ | csigshifted[45];
  assign _304_ = _303_ | csigshifted[46];
  assign _305_ = _304_ | csigshifted[47];
  assign _306_ = _305_ | csigshifted[48];
  always @(posedge clk)
    _300_ <= nan_d2;
  assign _307_ = _306_ | csigshifted[49];
  assign _308_ = _307_ | csigshifted[50];
  assign _309_ = _308_ | csigshifted[51];
  assign _310_ = _309_ | csigshifted[52];
  always @(posedge clk)
    _311_ <= negateAB;
  assign _312_ = $signed({ 53'h00000000000000, asig }) * $signed({ 53'h00000000000000, bsig });
  always @(posedge clk)
    _322_ <= negateC;
  assign _313_ = ~ effectivesub_d1;
  assign _314_ = _313_ ? { 1'h0, csigshiftedt } : { 1'h1, _315_ };
  assign _315_ = ~ csigshiftedt;
  assign _316_ = csiginverted + { 1'h0, paligned_d1 };
  assign _317_ = _316_ + { 163'h00000000000000000000000000000000000000000, effectivesub_d1 };
  assign _318_ = { 1'h0, csigshiftedt } - { 1'h0, paligned_d1 };
  assign _319_ = asgn_d1 ^ bsgn_d1;
  assign _320_ = _319_ ^ negateab_d1;
  assign _321_ = _320_ ^ bigsum[163];
  assign _323_ = ~ effectivesub_d1;
  assign _324_ = bigsum2[163] | _323_;
  assign _325_ = _324_ ? bigsum[162:0] : bigsum2[162:0];
  assign _327_ = { aexpplusbexp[11], aexpplusbexp } + 13'h0401;
  assign _334_ = A[52] | A[53];
  assign _328_ = tmpexpcompres1_d1 - { 6'h00, l };
  assign _329_ = ~ cisnormal_d1;
  assign _330_ = expdiffsmall_d1 | _329_;
  assign _331_ = _330_ & tmpexpcompres2[12];
  assign _332_ = l == 7'h6e;
  assign _335_ = _332_ ? expdiffsmall_d1 : 1'h0;
  assign _336_ = asgn_d1 ^ bsgn_d1;
  assign _337_ = _336_ ^ negateab_d1;
  assign _338_ = csgn_d1 ^ negatec_d1;
  assign _339_ = _337_ & _338_;
  assign _345_ = _334_ | A[54];
  assign _340_ = aiszero_d1 | biszero_d1;
  assign _341_ = _340_ & ciszero_d1;
  assign _342_ = _341_ ? _339_ : _343_;
  assign _343_ = riszero ? 1'h0 : rsgntentative;
  assign _344_ = aexpplusbexp + 12'h436;
  assign _346_ = { 1'h0, l } + 8'h36;
  assign _356_ = _345_ | A[55];
  assign _347_ = ~ rissubnormal;
  assign _348_ = expdiffsmall_d1 & _347_;
  assign _349_ = _348_ ? _346_ : _351_;
  assign _350_ = expdiffsmall_d1 & rissubnormal;
  assign _351_ = _350_ ? shiftvaluecasesubnormal_d1[7:0] : shiftvalue_d1;
  assign _353_ = riszero ? 13'h1c03 : _354_;
  assign _354_ = rissubnormal ? 13'h1c02 : _360_;
  assign _367_ = _356_ | A[56];
  assign _355_ = { aexpplusbexp_d1[11], aexpplusbexp_d1 } - { 6'h00, l };
  assign _357_ = _355_ + 13'h0003;
  assign _358_ = ~ rissubnormal;
  assign _359_ = expdiffsmall_d1 & _358_;
  assign _360_ = _359_ ? _357_ : _361_;
  assign _378_ = _367_ | A[57];
  assign _361_ = { cexp_d1[10], cexp_d1[10], cexp_d1 } + 13'h0001;
  assign _362_ = bigsumnormd[0] | bigsumnormd[1];
  assign _363_ = _362_ | bigsumnormd[2];
  assign _364_ = _363_ | bigsumnormd[3];
  assign _365_ = _364_ | bigsumnormd[4];
  assign _366_ = _365_ | bigsumnormd[5];
  assign _368_ = _366_ | bigsumnormd[6];
  assign _369_ = _368_ | bigsumnormd[7];
  assign _389_ = _378_ | A[58];
  assign _370_ = _369_ | bigsumnormd[8];
  assign _371_ = _370_ | bigsumnormd[9];
  assign _372_ = _371_ | bigsumnormd[10];
  assign _373_ = _372_ | bigsumnormd[11];
  assign _374_ = _373_ | bigsumnormd[12];
  assign _375_ = _374_ | bigsumnormd[13];
  assign _376_ = _375_ | bigsumnormd[14];
  assign _377_ = _376_ | bigsumnormd[15];
  assign _379_ = _377_ | bigsumnormd[16];
  assign _380_ = _379_ | bigsumnormd[17];
  lzc_110_f100_uid6 ieeefma_11_52_f100_uid2leadingzerocounter (
    .clk(clk),
    .i(bigsumabslowerbits),
    .o(_326_)
  );
  leftshifter163_by_max_162_f100_uid8 normalizationshifter (
    .clk(clk),
    .r(_352_),
    .s(normshiftvalue),
    .x(bigsumabs)
  );
  rightshifter53_by_max_163_f100_uid4 rightshiftercomponent (
    .clk(clk),
    .r(_253_),
    .s(shiftvalue),
    .x(csig)
  );
  assign asgn = A[63];
  assign asgn_d1 = _000_;
  assign aexpfield = A[62:52];
  assign asigfield = A[51:0];
  assign aisnormal = _433_;
  assign aisinfornan = _531_;
  assign ahasnonnullsig = _013_;
  assign aiszero = _016_;
  assign aiszero_d1 = _111_;
  assign aisinf = _018_;
  assign aisnan = _019_;
  assign bsgn = B[63];
  assign bsgn_d1 = _222_;
  assign bexpfield = B[62:52];
  assign bsigfield = B[51:0];
  assign bisnormal = _030_;
  assign bisinfornan = _041_;
  assign bhasnonnullsig = _097_;
  assign biszero = _101_;
  assign biszero_d1 = _333_;
  assign bisinf = _103_;
  assign bisnan = _104_;
  assign aexp = _105_;
  assign bexp = _106_;
  assign asig = { aisnormal, asigfield };
  assign bsig = { bisnormal, bsigfield };
  assign aexpplusbexp = _107_;
  assign aexpplusbexp_d1 = _444_;
  assign csgn = C[63];
  assign csgn_d1 = _532_;
  assign cexpfield = C[62:52];
  assign csigfield = C[51:0];
  assign cisnormal = _119_;
  assign cisnormal_d1 = _543_;
  assign cisinfornan = _130_;
  assign chasnonnullsig = _186_;
  assign ciszero = _190_;
  assign ciszero_d1 = _554_;
  assign cisinf = _192_;
  assign cisnan = _193_;
  assign risnan = _202_;
  assign risnan_d1 = _565_;
  assign risnan_d2 = _001_;
  assign risnan_d3 = _012_;
  assign tentativerisinf = _235_;
  assign tentativerisinf_d1 = _023_;
  assign tentativerisinf_d2 = _034_;
  assign tentativerisinf_d3 = _045_;
  assign cexp = _236_;
  assign cexp_d1 = _056_;
  assign effectivesub = _240_;
  assign effectivesub_d1 = _067_;
  assign csig = { cisnormal, csigfield };
  assign expdiffprepare = _243_;
  assign expdiff = _246_;
  assign tmpexpcomp1 = _247_;
  assign expdiffverysmall = tmpexpcomp1[12];
  assign tmpexpcomp2 = _248_;
  assign expdiffsmall = tmpexpcomp2[12];
  assign expdiffsmall_d1 = _078_;
  assign tmpexpcomp3 = _249_;
  assign expdiffnotlarge = tmpexpcomp3[12];
  assign shiftvalue = _250_;
  assign shiftvalue_d1 = _089_;
  assign csigshifted = \rightshiftercomponent:699 ;
  assign sticky1 = _310_;
  assign sticky1_d1 = _100_;
  assign sticky1_d2 = _112_;
  assign csigshiftedt = csigshifted[215:53];
  assign p = _312_;
  assign paligned = { 55'h00000000000000, p, 2'h0 };
  assign paligned_d1 = _123_;
  assign csiginverted = _314_;
  assign bigsum = _317_;
  assign bigsum2 = _318_;
  assign rsgntentative = _321_;
  assign bigsumabs = _325_;
  assign bigsumabslowerbits = bigsumabs[109:0];
  assign l = \ieeefma_11_52_f100_uid2leadingzerocounter:862 ;
  assign tmpexpcompres1 = _327_;
  assign tmpexpcompres1_d1 = _134_;
  assign tmpexpcompres2 = _328_;
  assign rissubnormal = _331_;
  assign rissubnormal_d1 = _145_;
  assign rissubnormal_d2 = _156_;
  assign riszero = _335_;
  assign riszero_d1 = _167_;
  assign riszero_d2 = _178_;
  assign rsgn = _342_;
  assign rsgn_d1 = _189_;
  assign rsgn_d2 = _200_;
  assign shiftvaluecasesubnormal = _344_;
  assign shiftvaluecasesubnormal_d1 = _211_;
  assign normshiftvalue = _349_;
  assign bigsumnormd = \normalizationshifter:926 ;
  assign exptentative = _353_;
  assign exptentative_d1 = _223_;
  assign exptentative_d2 = _234_;
  assign sticky2 = _480_;
  assign fractentative = bigsumnormd[163:108];
  assign fracleadingbitsnormal = fractentative[55:54];
  assign fracleadingbits = _481_;
  assign fracresultnormd = _483_;
  assign fracresultroundbit = _487_;
  assign fracresultstickybit = _493_;
  assign round = _503_;
  assign expupdate = _504_;
  assign exponentresult1 = _509_;
  assign resultbeforeround = { exponentresult1, fracresultnormd };
  assign resultrounded = _510_;
  assign roverflowed = _524_;
  assign finalrisinf = _525_;
  assign inf = 63'h7ff0000000000000;
  assign inf_d1 = _245_;
  assign inf_d2 = _256_;
  assign inf_d3 = _267_;
  assign nan = 63'h7fffffffffffffff;
  assign nan_d1 = _278_;
  assign nan_d2 = _289_;
  assign nan_d3 = _300_;
  assign negateab_d1 = _311_;
  assign negatec_d1 = _322_;
  assign \rightshiftercomponent:699  = _253_;
  assign \ieeefma_11_52_f100_uid2leadingzerocounter:862  = _326_;
  assign \normalizationshifter:926  = _352_;
  assign R = _528_;
endmodule

module leftshifter163_by_max_162_f100_uid8(clk, x, s, r);
  reg [7:0] _00_;
  reg [7:0] _01_;
  reg [163:0] _02_;
  reg [289:0] _03_;
  wire [163:0] _04_;
  wire [165:0] _05_;
  wire [169:0] _06_;
  wire [177:0] _07_;
  wire [193:0] _08_;
  wire [225:0] _09_;
  wire [289:0] _10_;
  wire [417:0] _11_;
  input clk;
  wire clk;
  wire [162:0] level0;
  wire [163:0] level1;
  wire [163:0] level1_d1;
  wire [165:0] level2;
  wire [169:0] level3;
  wire [177:0] level4;
  wire [193:0] level5;
  wire [225:0] level6;
  wire [289:0] level7;
  wire [289:0] level7_d1;
  wire [417:0] level8;
  wire [7:0] ps;
  wire [7:0] ps_d1;
  wire [7:0] ps_d2;
  output [324:0] r;
  wire [324:0] r;
  input [7:0] s;
  wire [7:0] s;
  input [162:0] x;
  wire [162:0] x;
  always @(posedge clk)
    _00_ <= ps;
  always @(posedge clk)
    _01_ <= ps_d1;
  always @(posedge clk)
    _02_ <= level1;
  always @(posedge clk)
    _03_ <= level7;
  assign _04_ = ps[0] ? { level0, 1'h0 } : { 1'h0, level0 };
  assign _05_ = ps_d1[1] ? { level1_d1, 2'h0 } : { 2'h0, level1_d1 };
  assign _06_ = ps_d1[2] ? { level2, 4'h0 } : { 4'h0, level2 };
  assign _07_ = ps_d1[3] ? { level3, 8'h00 } : { 8'h00, level3 };
  assign _08_ = ps_d1[4] ? { level4, 16'h0000 } : { 16'h0000, level4 };
  assign _09_ = ps_d1[5] ? { level5, 32'h00000000 } : { 32'h00000000, level5 };
  assign _10_ = ps_d1[6] ? { level6, 64'h0000000000000000 } : { 64'h0000000000000000, level6 };
  assign _11_ = ps_d2[7] ? { level7_d1, 128'h00000000000000000000000000000000 } : { 128'h00000000000000000000000000000000, level7_d1 };
  assign ps = s;
  assign ps_d1 = _00_;
  assign ps_d2 = _01_;
  assign level0 = x;
  assign level1 = _04_;
  assign level1_d1 = _02_;
  assign level2 = _05_;
  assign level3 = _06_;
  assign level4 = _07_;
  assign level5 = _08_;
  assign level6 = _09_;
  assign level7 = _10_;
  assign level7_d1 = _03_;
  assign level8 = _11_;
  assign r = level8[324:0];
endmodule

module lzc_110_f100_uid6(clk, i, o);
  wire _00_;
  wire _01_;
  wire [62:0] _02_;
  wire _03_;
  wire _04_;
  wire [30:0] _05_;
  wire _06_;
  wire _07_;
  wire [14:0] _08_;
  wire _09_;
  wire _10_;
  wire [6:0] _11_;
  wire _12_;
  wire _13_;
  wire [2:0] _14_;
  wire _15_;
  wire _16_;
  wire _17_;
  wire _18_;
  wire [1:0] _19_;
  input clk;
  wire clk;
  wire digit2;
  wire digit3;
  wire digit4;
  wire digit5;
  wire digit6;
  input [109:0] i;
  wire [109:0] i;
  wire [2:0] level2;
  wire [6:0] level3;
  wire [14:0] level4;
  wire [30:0] level5;
  wire [62:0] level6;
  wire [126:0] level7;
  wire [1:0] lowbits;
  output [6:0] o;
  wire [6:0] o;
  wire [4:0] outhighbits;
  assign _00_ = level7[126:63] == 64'h0000000000000000;
  assign _01_ = _00_ ? 1'h1 : 1'h0;
  assign _02_ = digit6 ? level7[62:0] : level7[126:64];
  assign _03_ = level6[62:31] == 32'd0;
  assign _04_ = _03_ ? 1'h1 : 1'h0;
  assign _05_ = digit5 ? level6[30:0] : level6[62:32];
  assign _06_ = level5[30:15] == 16'h0000;
  assign _07_ = _06_ ? 1'h1 : 1'h0;
  assign _08_ = digit4 ? level5[14:0] : level5[30:16];
  assign _09_ = level4[14:7] == 8'h00;
  assign _10_ = _09_ ? 1'h1 : 1'h0;
  assign _11_ = digit3 ? level4[6:0] : level4[14:8];
  assign _12_ = level3[6:3] == 4'h0;
  assign _13_ = _12_ ? 1'h1 : 1'h0;
  assign _14_ = digit2 ? level3[2:0] : level3[6:4];
  assign _15_ = level2 == 3'h0;
  assign _16_ = level2 == 3'h1;
  assign _17_ = level2 == 3'h2;
  assign _18_ = level2 == 3'h3;
  function [1:0] \1467 ;
    input [1:0] a;
    input [7:0] b;
    input [3:0] s;
    (* parallel_case *)
    casez (s)
      4'b???1:
        \1467  = b[1:0];
      4'b??1?:
        \1467  = b[3:2];
      4'b?1??:
        \1467  = b[5:4];
      4'b1???:
        \1467  = b[7:6];
      default:
        \1467  = a;
    endcase
  endfunction
  assign _19_ = \1467 (2'h0, 8'h5b, { _18_, _17_, _16_, _15_ });
  assign level7 = { i, 17'h1ffff };
  assign digit6 = _01_;
  assign level6 = _02_;
  assign digit5 = _04_;
  assign level5 = _05_;
  assign digit4 = _07_;
  assign level4 = _08_;
  assign digit3 = _10_;
  assign level3 = _11_;
  assign digit2 = _13_;
  assign level2 = _14_;
  assign lowbits = _19_;
  assign outhighbits = { digit6, digit5, digit4, digit3, digit2 };
  assign o = { outhighbits, lowbits };
endmodule

module rightshifter53_by_max_163_f100_uid4(clk, x, s, r);
  reg [7:0] _0_;
  reg [179:0] _1_;
  wire [53:0] _2_;
  wire [55:0] _3_;
  wire [59:0] _4_;
  wire [67:0] _5_;
  wire [83:0] _6_;
  wire [115:0] _7_;
  wire [179:0] _8_;
  wire [307:0] _9_;
  input clk;
  wire clk;
  wire [52:0] level0;
  wire [53:0] level1;
  wire [55:0] level2;
  wire [59:0] level3;
  wire [67:0] level4;
  wire [83:0] level5;
  wire [115:0] level6;
  wire [179:0] level7;
  wire [179:0] level7_d1;
  wire [307:0] level8;
  wire [7:0] ps;
  wire [7:0] ps_d1;
  output [215:0] r;
  wire [215:0] r;
  input [7:0] s;
  wire [7:0] s;
  input [52:0] x;
  wire [52:0] x;
  always @(posedge clk)
    _0_ <= ps;
  always @(posedge clk)
    _1_ <= level7;
  assign _2_ = ps[0] ? { 1'h0, level0 } : { level0, 1'h0 };
  assign _3_ = ps[1] ? { 2'h0, level1 } : { level1, 2'h0 };
  assign _4_ = ps[2] ? { 4'h0, level2 } : { level2, 4'h0 };
  assign _5_ = ps[3] ? { 8'h00, level3 } : { level3, 8'h00 };
  assign _6_ = ps[4] ? { 16'h0000, level4 } : { level4, 16'h0000 };
  assign _7_ = ps[5] ? { 32'h00000000, level5 } : { level5, 32'h00000000 };
  assign _8_ = ps[6] ? { 64'h0000000000000000, level6 } : { level6, 64'h0000000000000000 };
  assign _9_ = ps_d1[7] ? { 128'h00000000000000000000000000000000, level7_d1 } : { level7_d1, 128'h00000000000000000000000000000000 };
  assign ps = s;
  assign ps_d1 = _0_;
  assign level0 = x;
  assign level1 = _2_;
  assign level2 = _3_;
  assign level3 = _4_;
  assign level4 = _5_;
  assign level5 = _6_;
  assign level6 = _7_;
  assign level7 = _8_;
  assign level7_d1 = _1_;
  assign level8 = _9_;
  assign r = level8[307:92];
endmodule